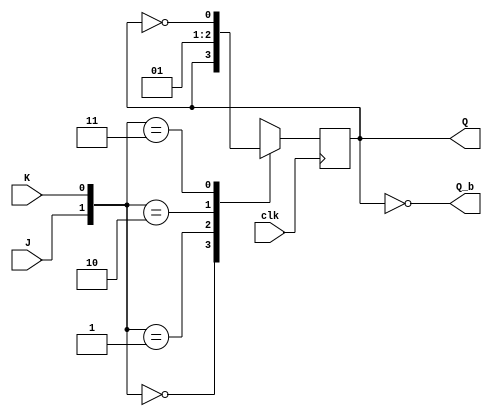
module JK_FF(output reg Q, output Q_b, input J,K,clk);
    assign Q_b = ~Q;
    always @(negedge clk)
        case({J,K})
            2'b00: Q <= Q;
            2'b01: Q <= 1'b0;
            2'b10: Q <= 1'b1;
            2'b11: Q <= !Q;
        endcase
endmodule